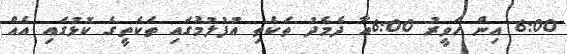
6:00 އިން ހަވީރު 6:00އާ ދެމެދު ތަކެތި އުފުލުމުގައި ތަކެތީގެ ކޮޅުގައި އެއް